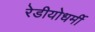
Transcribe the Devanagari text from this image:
रेडीयोधर्मी